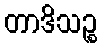
တာဒိသဉ္စ